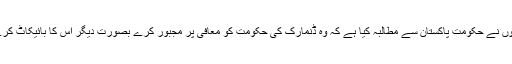
انہوں نے حکومت پاکستان سے مطالبہ کیا ہے کہ وہ ڈنمارک کی حکومت کو معافی پر مجبور کرے بصورت دیگر اس کا بائیکاٹ کرے۔